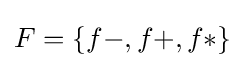
F=\{{f-,f+,f*}\}